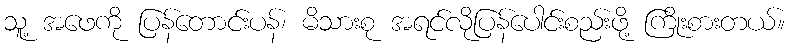
သူ့ အဖေကို ပြန်တောင်းပန်၊ မိသားစု အရင်လိုပြန်ပေါင်းစည်းဖို့ ကြိုးစားတယ်။